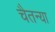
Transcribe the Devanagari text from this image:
चैतन्या